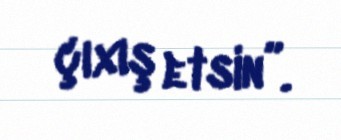
çıxış etsin”.